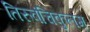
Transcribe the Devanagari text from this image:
तिरुवंचिकुलम